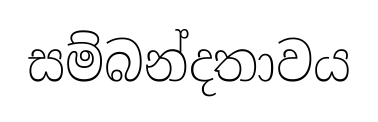
සම්බන්දතාවය